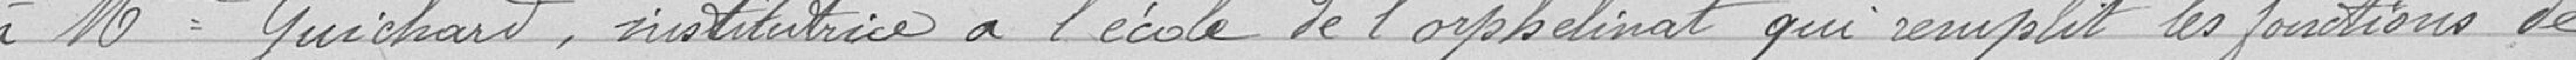
à Mme Guichard, institutrice à l'école de l'orphelinat qui remplit les fonctions de